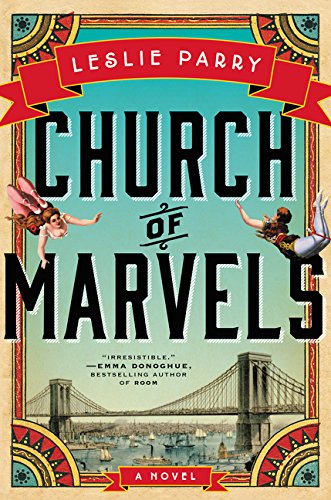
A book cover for Church of Marvels: A Novel; Leslie Parry; Mystery, Thriller & Suspense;